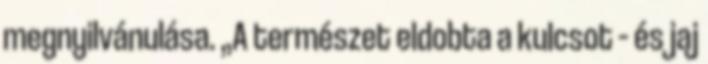
megnyilvánulása. „A természet eldobta a kulcsot – és jaj